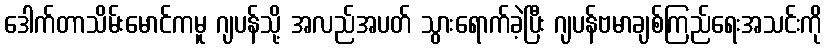
ဒေါက်တာသိမ်းမောင်ကမူ ဂျပန်သို့ အလည်အပတ် သွားရောက်ခဲ့ပြီး ဂျပန်ဗမာချစ်ကြည်ရေးအသင်းကို